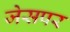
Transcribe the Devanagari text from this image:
जेसपर